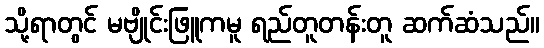
သို့ရာတွင် မဗျိုင်းဖြူကမူ ရည်တူတန်းတူ ဆက်ဆံသည်။